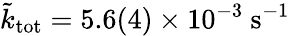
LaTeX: \tilde{k}_{\mathrm{tot}}=5.6(4)\times 10^{-3}~\mathrm{s^{-1}}